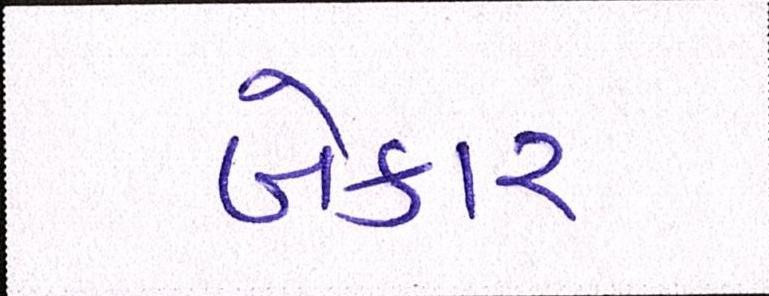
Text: બેકાર